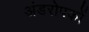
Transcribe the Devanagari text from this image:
अंडरोपकों